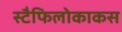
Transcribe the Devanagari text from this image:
स्टैफिलोकाकस